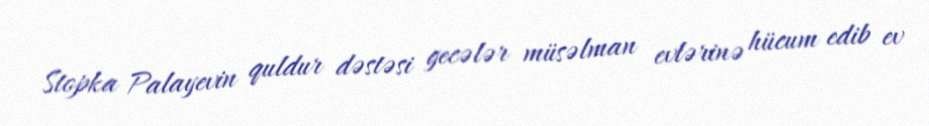
Stopka Palayevin quldur dəstəsi gecələr müsəlman evlərinə hücum edib ev